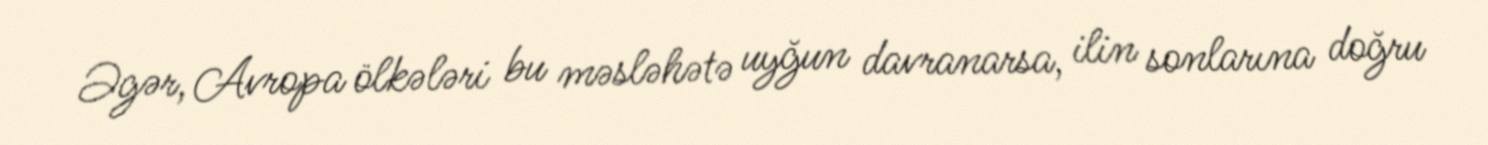
Əgər, Avropa ölkələri bu məsləhətə uyğun davranarsa, ilin sonlarına doğru